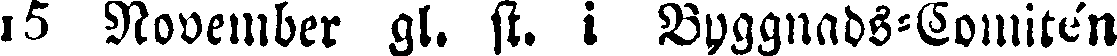
15 November gl. st. i Byggnads-Comitén